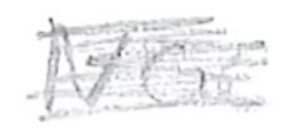
Text: NGC
Cross-out: scratch
Writing tool: pencil